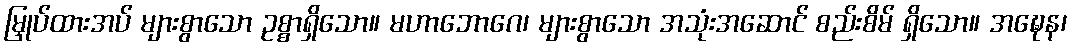
မြှုပ်ထားအပ် များစွာသော ဥစ္စာရှိသော။ မဟာဘောဂေ၊ များစွာသော အသုံးအဆောင် စည်းစိမ် ရှိသော။ အဍ္ဎေန၊